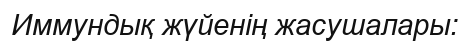
Иммундық жүйенің жасушалары: